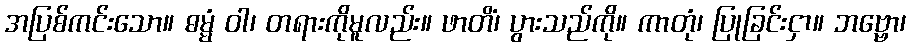
အပြစ်ကင်းသော။ ဓမ္မံ ဝါ၊ တရားကိုမူလည်း။ ဖာတိံ၊ ပွားသည်ကို။ ကာတုံ၊ ပြုခြင်းငှာ။ ဘဗ္ဗော၊